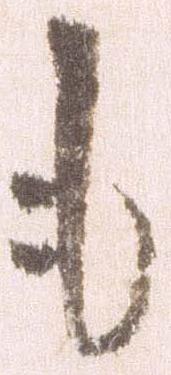
も